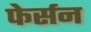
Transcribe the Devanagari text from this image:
फेर्सन